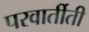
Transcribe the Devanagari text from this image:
परवार्तीती